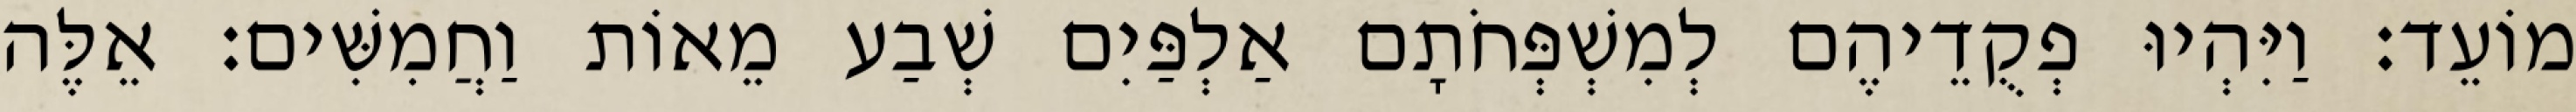
מוֹעֵד׃ וַיִּהְיוּ פְקֻדֵיהֶם לְמִשְׁפְּחֹתָם אַלְפַּיִם שְׁבַע מֵאוֹת וַחֲמִשִּׁים׃ אֵלֶּה